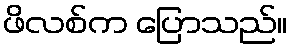
ဖိလစ်က ပြောသည်။